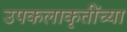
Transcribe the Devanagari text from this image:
उपकलाकृतींच्या